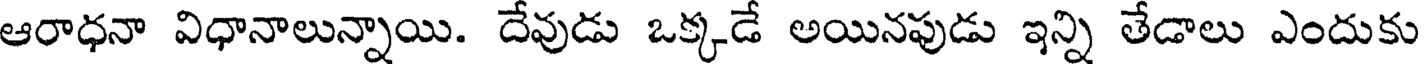
ఆరాధనా విధానాలున్నాయి. దేవుడు ఒక్కడే అయినపుడు ఇన్ని తేడాలు ఎందుకు